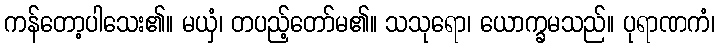
ကန်တော့ပါသေး၏။ မယှံ၊ တပည့်တော်မ၏။ သသုရော၊ ယောက္ခမသည်။ ပုရာဏကံ၊